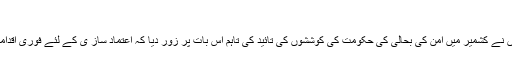
‘‘
بھارتی اپوزیشن کی جماعتوں نے کشمیر میں امن کی بحالی کی حکومت کی کوششوں کی تائید کی تاہم اس بات پر زور دیا کہ اعتماد ساز ی کے لئے فوری اقدامات کی سخت ضرورت ہے۔